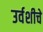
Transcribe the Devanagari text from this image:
उर्वशीचे